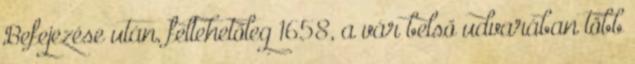
Befejezése után, feltehetőleg 1658, a vár belső udvarában több